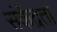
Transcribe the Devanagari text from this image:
संकेंद्रता